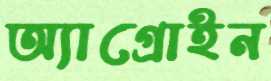
অ্যাগ্রোইন